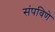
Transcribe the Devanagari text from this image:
संपविणे